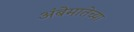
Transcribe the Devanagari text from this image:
अंबेमातेच्या